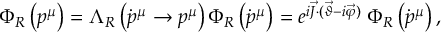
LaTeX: \Phi _ { R } \left( p ^ { \mu } \right) = \Lambda _ { R } \left( \dot { p } ^ { \mu } \to p ^ { \mu } \right) \Phi _ { R } \left( \dot { p } ^ { \mu } \right) = e ^ { i \vec { J } \cdot ( \vec { \vartheta } - i \vec { \varphi } ) } ~ \Phi _ { R } \left( \dot { p } ^ { \mu } \right) ,